Annual administration report of the Civil Veterinary Department, Ajmere-Merwara, British Rajputana - 1914-1940
Year: 1914
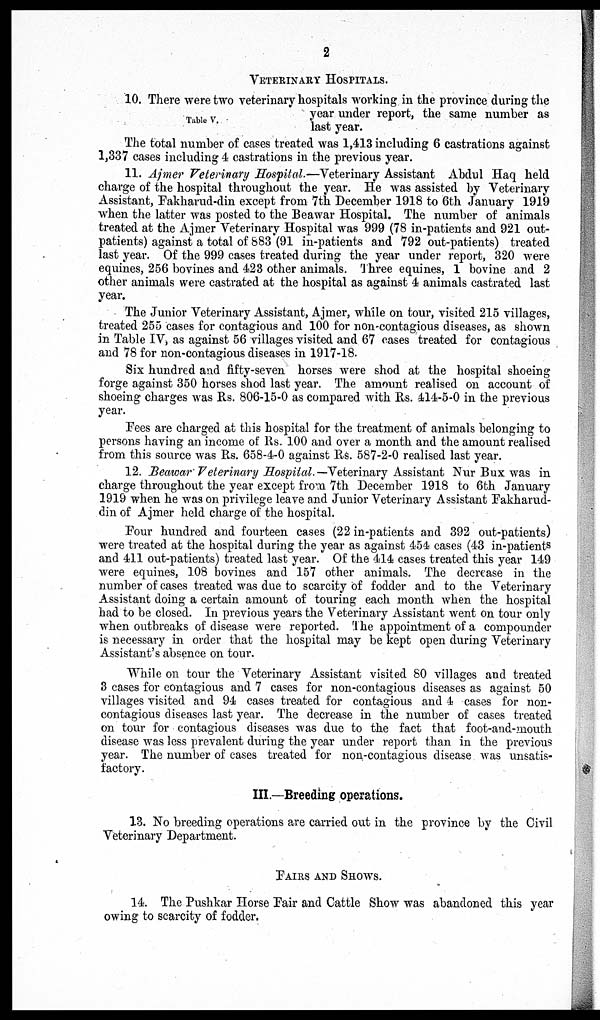
2
VETERINARY HOSPITALS.
Table V.
10. There were two veterinary hospitals working in the province during the
year under report, the same number as
last year.
The total number of cases treated was 1,413 including 6 castrations against
1,337 cases including 4 castrations in the previous year.
11. Ajmer Veterinary Hospital.—Veterinary Assistant Abdul Haq held
charge of the hospital throughout the year. He was assisted by Veterinary
Assistant, Fakharud-din except from 7th December 1918 to 6th January 1919
when the latter was posted to the Beawar Hospital. The number of animals
treated at the Ajmer Veterinary Hospital was 999 (78 in-patients and 921 out-
patients) against a total of 883 (91 in-patients and 792 out-patients) treated
last year. Of the 999 cases treated during the year under report, 320 were
equines, 256 bovines and 423 other animals. Three equines, 1 bovine and 2
other animals were castrated at the hospital as against 4 animals castrated last
year.
The Junior Veterinary Assistant, Ajmer, while on tour, visited 215 villages,
treated 255 cases for contagious and 100 for non-contagious diseases, as shown
in Table IV, as against 56 villages visited and 67 cases treated for contagious
and 78 for non-contagious diseases in 1917-18.
Six hundred and fifty-seven horses were shod at the hospital shoeing
forge against 350 horses shod last year. The amount realised on account of
shoeing charges was Rs. 806-15-0 as compared with Rs. 414-5-0 in the previous
year.
Fees are charged at this hospital for the treatment of animals belonging to
persons having an income of Rs. 100 and over a month and the amount realised
from this source was Rs. 658-4-0 against Rs. 587-2-0 realised last year.
12. Beawar Veterinary Hospital.—Veterinary Assistant Nur Bux was in
charge throughout the year except from 7th December 1918 to 6th January
1919 when he was on privilege leave and Junior Veterinary Assistant Fakharud-
din of Ajmer held charge of the hospital.
Four hundred and fourteen cases (22 in-patients and 392 out-patients)
were treated at the hospital during the year as against 454 cases (43 in-patients
and 411 out-patients) treated last year. Of the 414 cases treated this year 149
were equines, 108 bovines and 157 other animals. The decrease in the
number of cases treated was due to scarcity of fodder and to the Veterinary
Assistant doing a certain amount of touring each month when the hospital
had to be closed. In previous years the Veterinary Assistant went on tour only
when outbreaks of disease were reported. The appointment of a compounder
is necessary in order that the hospital may be kept open during Veterinary
Assistant's absence on tour.
While on tour the Veterinary Assistant visited 80 villages and treated
3 cases for contagious and 7 cases for non-contagious diseases as against 50
villages visited and 94 cases treated for contagious and 4 cases for non-
contagious diseases last year. The decrease in the number of cases treated
on tour for contagious diseases was due to the fact that foot-and-mouth
disease was less prevalent during the year under report than in the previous
year. The number of cases treated for non-contagious disease was unsatis-
factory.
III.—Breeding operations.
13. No breeding operations are carried out in the province by the Civil
Veterinary Department.
FAIRS AND SHOWS.
14. The Pushkar Horse Fair and Cattle Show was abandoned this year
owing to scarcity of fodder.